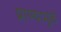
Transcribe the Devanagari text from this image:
प्राण्यामुळे